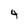
Character: 4